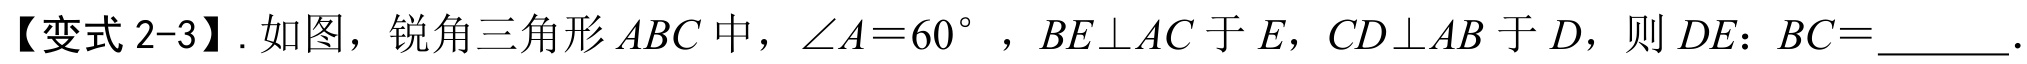
【变式2-3】. 如图，锐角三角形$ABC$中，$\angle A = 60^{\circ}$，$BE\perp AC$于$E$，$CD\perp AB$于$D$，则$DE:BC = \underline{\quad\quad}$.